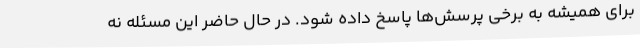
برای همیشه به برخی پرسش‌ها پاسخ داده شود. در حال حاضر این مسئله نه